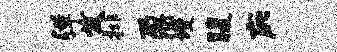
弹发排鼐墁腹庇